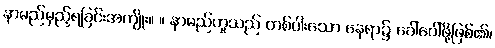
နာမည်မှည့်ရခြင်းအကျိုး။ ။ နာမည်ဟူသည် တစ်ပါးသော နေရာ၌ ခေါ်ဝေါ်ဖို့ဖြစ်၏၊